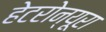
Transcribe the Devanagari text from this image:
हेटरोन्यूरा